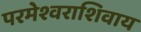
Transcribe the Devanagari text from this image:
परमेश्वराशिवाय